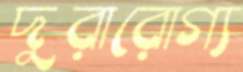
দুরারোগ্য